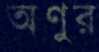
অণুর